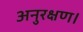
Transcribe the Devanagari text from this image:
अनुरक्षण।